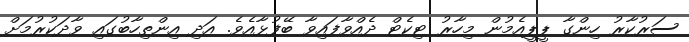
ސަރުކާރު ހިންގާ ޕީޕީއެމުން މިހާރު ޓިކެޓް ދެއްވާފައިވާ ބޭފުޅާއެވެ. އަދި އިންތިހާބުގައި ވާދަކުރުމަށް